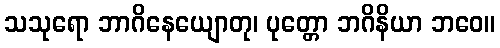
သသုရော ဘာဂိနေယျောတု၊ ပုတ္တော ဘဂိနိယာ ဘဝေ။